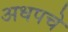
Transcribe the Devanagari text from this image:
अधपचे